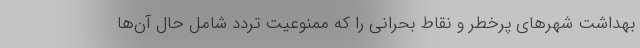
بهداشت شهرهای پرخطر و نقاط بحرانی را که ممنوعیت تردد شامل حال آن‌ها